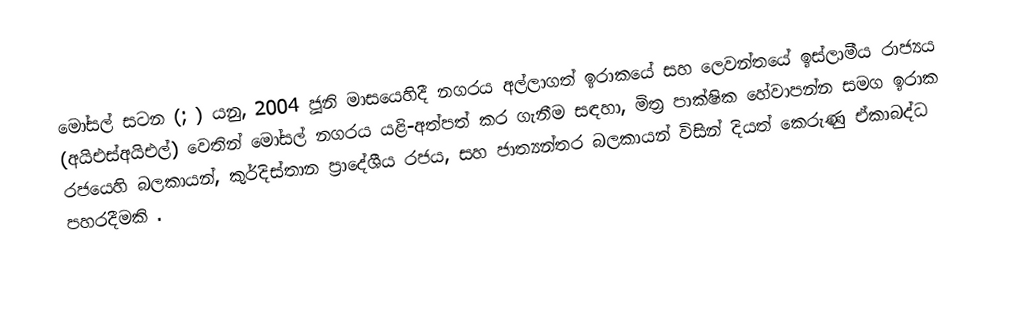
මෝසල් සටන (; ) යනු, 2004 ජූනි මාසයෙහිදී නගරය අල්ලාගත් ඉරාකයේ සහ ලෙවන්තයේ ඉස්ලාමීය රාජ්‍යය (අයිඑස්අයිඑල්) වෙතින් මෝසල් නගරය යළි-අත්පත් කර ගැනීම සඳහා,  මිත්‍ර පාක්ෂික හේවාපන්න සමග ඉරාක රජයෙහි බලකායන්, කුර්දිස්තාන ප්‍රාදේශීය රජය, සහ ජාත්‍යන්තර බලකායන් විසින් දියත් කෙරුණු ඒකාබද්ධ පහරදීමකි .